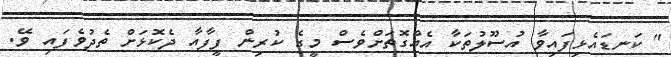
" ކަނޑައެޅިފައިވާ އުސޫލުތަކާ އެއްގޮތަށްވެސް މީގެ ކުރިން ފީފާއާ ދެކޮޅަށް ތެދުވެފައި ވޭ.